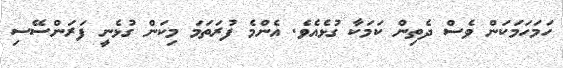
ހަމަހަމަކަން ވެސް ދެތިން ކަމަކާ ގުޅެއެވެ. އެންމެ ފުރަތަމަ މިކަން ގުޅެނީ ފަރަންސޭސި